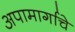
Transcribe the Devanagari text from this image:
अपामार्गाचे